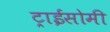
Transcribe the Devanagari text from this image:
ट्राईसोमी